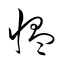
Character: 愠